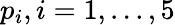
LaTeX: p_{i},i=1,...,5